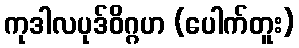
ကုဒါလပုဒ်ဝိဂ္ဂဟ (ပေါက်တူး)